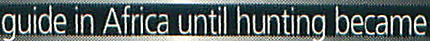
guide in Africa until hunting became